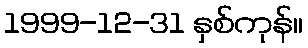
1999-12-31 နှစ်ကုန်။